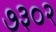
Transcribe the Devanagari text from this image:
७३०२